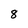
Character: 8